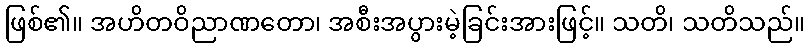
ဖြစ်၏။ အဟိတဝိညာဏတော၊ အစီးအပွားမဲ့ခြင်းအားဖြင့်။ သတိ၊ သတိသည်။